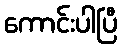
ကောင်းပါပြီ